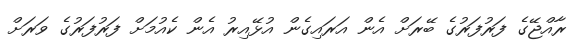
ރާއްޖޭގެ ފަރުފަރުގެ ބޭރަށް އެން އަރައިގެން އުޅޭއިރު އެން ކެއުމަށް ފަރުފަރުގެ ވަރަށް